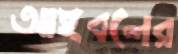
আইবলের